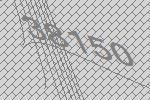
38150